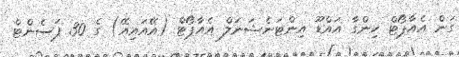
ގަން އެއާޕޯޓް ހިންގާ އައްޑޫ އިންޓަނެޝަނަލް އެއާޕޯޓް (އޭއައިއޭ) ގެ 30 ޕަސެންޓް